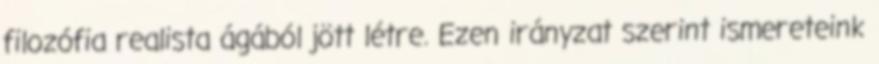
filozófia realista ágából jött létre. Ezen irányzat szerint ismereteink